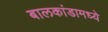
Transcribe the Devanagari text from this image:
बालकांडामध्ये